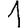
Digit: 1